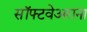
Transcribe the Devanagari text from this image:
सॉफ्टवेअरांना